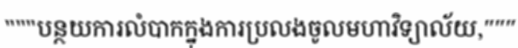
"""បន្ថយការលំបាកក្នុងការប្រលងចូលមហាវិទ្យាល័យ,"""